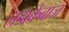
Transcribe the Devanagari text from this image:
लडाकेबाज